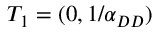
T _ { 1 } = ( 0 , 1 / \alpha _ { D D } )